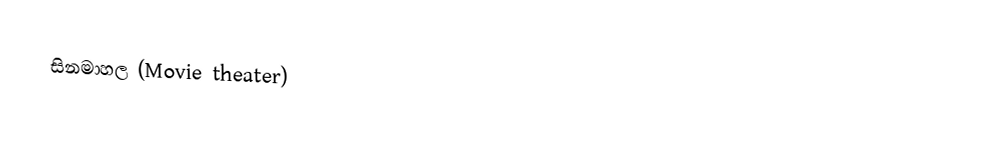
සිනමාහල (Movie theater)